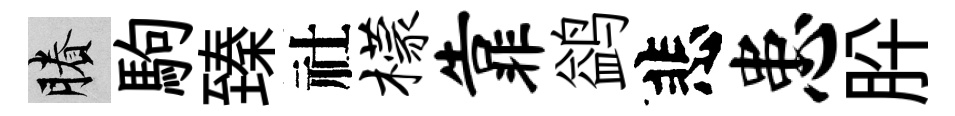
賸駒臻社檬靠鹢悲患肸